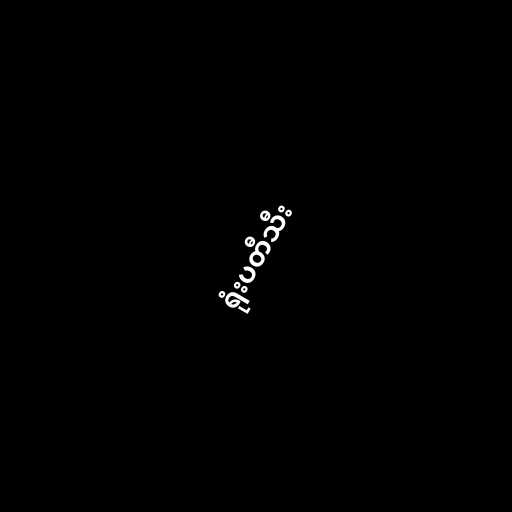
ရုံးပတီသီး